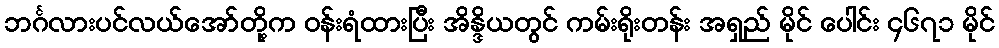
ဘင်္ဂလားပင်လယ်အော်တို့က ဝန်းရံထားပြီး အိန္ဒိယတွင် ကမ်းရိုးတန်း အရှည် မိုင် ပေါင်း ၄၆၇၁ မိုင်